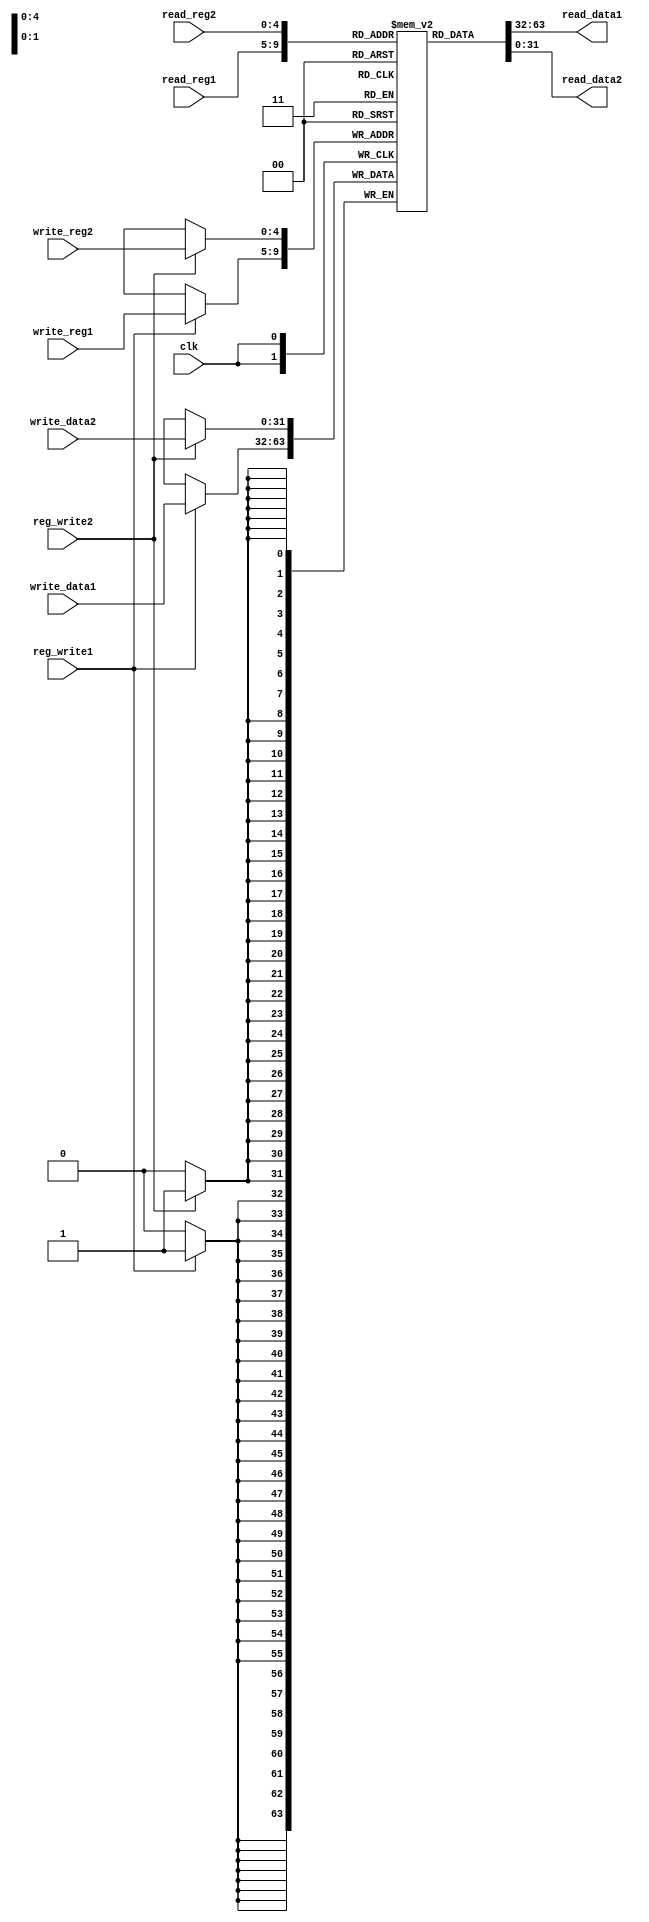
module register(read_data1, read_data2,
					read_reg1, read_reg2, 
					write_reg1, write_data1, reg_write1, 
					write_reg2, write_data2, reg_write2,
					clk);


input [4:0] read_reg1, read_reg2, write_reg1, write_reg2;
input [31:0] write_data1, write_data2;
input clk, reg_write1, reg_write2;
output [31:0] read_data1, read_data2;

reg [31:0] registers [0:31];


assign read_data1 = registers[read_reg1];
assign read_data2 = registers[read_reg2];


always @(negedge clk)
begin
	if(reg_write1 == 1'b1)
	begin
		registers[write_reg1] <= write_data1;
	end
end


always @(negedge clk)
begin
	if(reg_write2 == 1'b1)
	begin
		registers[write_reg2] <= write_data2;
	end
end


endmodule